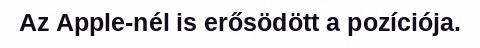
Az Apple-nél is erősödött a pozíciója.